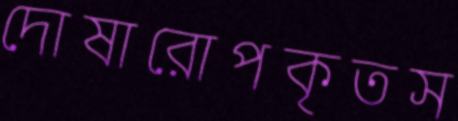
দোষারোপকৃতস